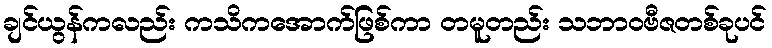
ချင်ယွန်ကလည်း ကသိကအောက်ဖြစ်ကာ တမူတည်း သဘာဝဗီဇတစ်ခုပင်